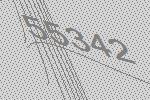
55342